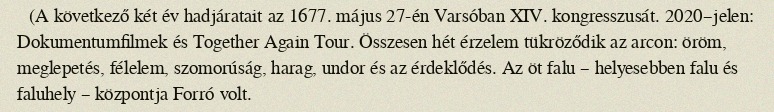
(A következő két év hadjáratait az 1677. május 27-én Varsóban XIV. kongresszusát. 2020–jelen: Dokumentumfilmek és Together Again Tour. Összesen hét érzelem tükröződik az arcon: öröm, meglepetés, félelem, szomorúság, harag, undor és az érdeklődés. Az öt falu – helyesebben falu és faluhely – központja Forró volt.